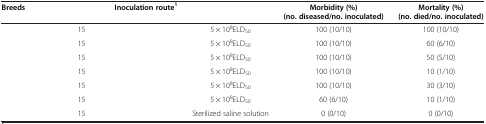
<table><thead><tr><td><b>Breeds</b></td><td>[EMPTY_CELL]</td><td><b>Inoculation route<sup>1</sup></b></td><td>[EMPTY_CELL]</td><td><b>Morbidity (%) (no. diseased/no. inoculated)</b></td><td><b>Mortality (%) (no. died/no. inoculated)</b></td></tr></thead><tbody><tr><td>[EMPTY_CELL]</td><td>15</td><td>[EMPTY_CELL]</td><td>5 × 10<sup>8</sup>ELD<sub>50</sub></td><td>100 (10/10)</td><td>100 (10/10)</td></tr><tr><td>[EMPTY_CELL]</td><td>15</td><td>[EMPTY_CELL]</td><td>5 × 10<sup>8</sup>ELD<sub>50</sub></td><td>100 (10/10)</td><td>60 (6/10)</td></tr><tr><td>[EMPTY_CELL]</td><td>15</td><td>[EMPTY_CELL]</td><td>5 × 10<sup>8</sup>ELD<sub>50</sub></td><td>100 (10/10)</td><td>50 (5/10)</td></tr><tr><td>[EMPTY_CELL]</td><td>15</td><td>[EMPTY_CELL]</td><td>5 × 10<sup>8</sup>ELD<sub>50</sub></td><td>100 (10/10)</td><td>10 (1/10)</td></tr><tr><td>[EMPTY_CELL]</td><td>15</td><td>[EMPTY_CELL]</td><td>5 × 10<sup>8</sup>ELD<sub>50</sub></td><td>100 (10/10)</td><td>30 (3/10)</td></tr><tr><td>[EMPTY_CELL]</td><td>15</td><td>[EMPTY_CELL]</td><td>5 × 10<sup>8</sup>ELD<sub>50</sub></td><td>60 (6/10)</td><td>10 (1/10)</td></tr><tr><td>[EMPTY_CELL]</td><td>15</td><td>[EMPTY_CELL]</td><td>Sterilized saline solution</td><td>0 (0/10)</td><td>0 (0/10)</td></tr></tbody></table>